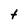
Character: t